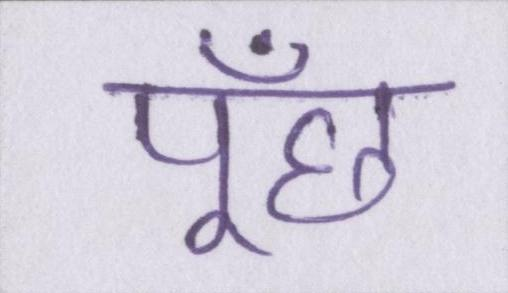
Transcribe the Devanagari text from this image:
पूँछ